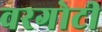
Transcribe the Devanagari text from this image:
वरगोटी